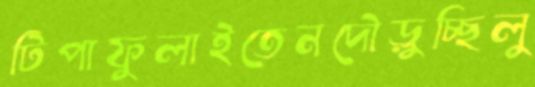
টিপাফুলাইতেনদৌড়ুচ্ছিলু